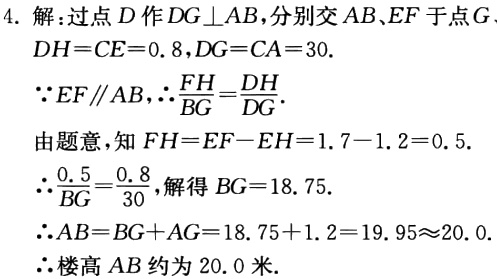
4. 解:过点\(D\)作\(DG\perp AB\),分别交\(AB\)、\(EF\)于点\(G\)

\(DH = CE = 0.8\),\(DG = CA = 30\).

\(\because EF\parallel AB\),\(\therefore\frac{FH}{BG}=\frac{DH}{DG}\).

由题意,知\(FH = EF - EH = 1.7 - 1.2 = 0.5\).

\(\therefore\frac{0.5}{BG}=\frac{0.8}{30}\),解得\(BG = 18.75\).

\(\therefore AB=BG + AG = 18.75 + 1.2 = 19.95\approx20.0\).

\(\therefore\)楼高\(AB\)约为\(20.0\)米.